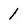
Character: 1